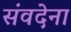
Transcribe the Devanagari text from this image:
संवदेना